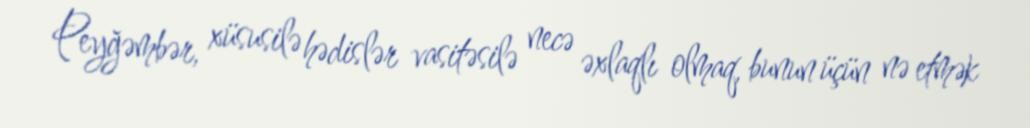
Peyğəmbər, xüsusilə hədislər vasitəsilə necə əxlaqlı olmaq, bunun üçün nə etmək